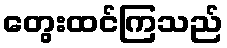
တွေးထင်ကြသည်